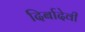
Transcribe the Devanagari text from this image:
दिर्बादेवी